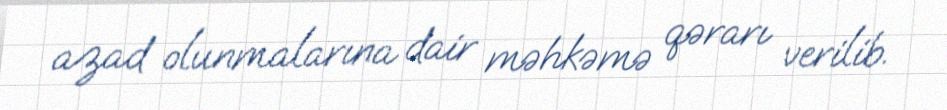
azad olunmalarına dair məhkəmə qərarı verilib.